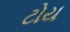
ટોય